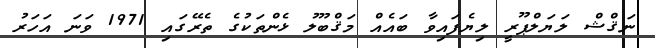
ނަޤްޝް ލަޔަލްޕޫރީ ލިޔެފައިވާ ބައެއް މަޤްބޫލު ޅެންތަކުގެ ތެރޭގައި 1971 ވަނަ އަހަރު